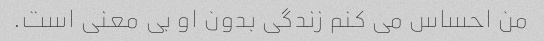
من احساس می کنم زندگی بدون او بی معنی است.